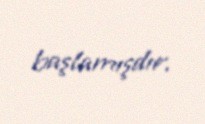
başlamışdır.